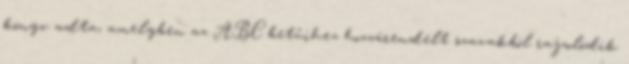
könyv adta, amelyben az ABC betűihez hozzárendelt szavakból rajzolódik